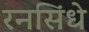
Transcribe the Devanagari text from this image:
रनसिंधे